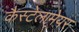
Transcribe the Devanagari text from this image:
कैस्टेलामेयर